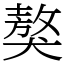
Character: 獒